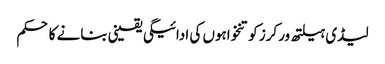
لیڈی ہیلتھ ورکرز کو تنخواہوں کی ادائیگی یقینی بنانے کا حکم